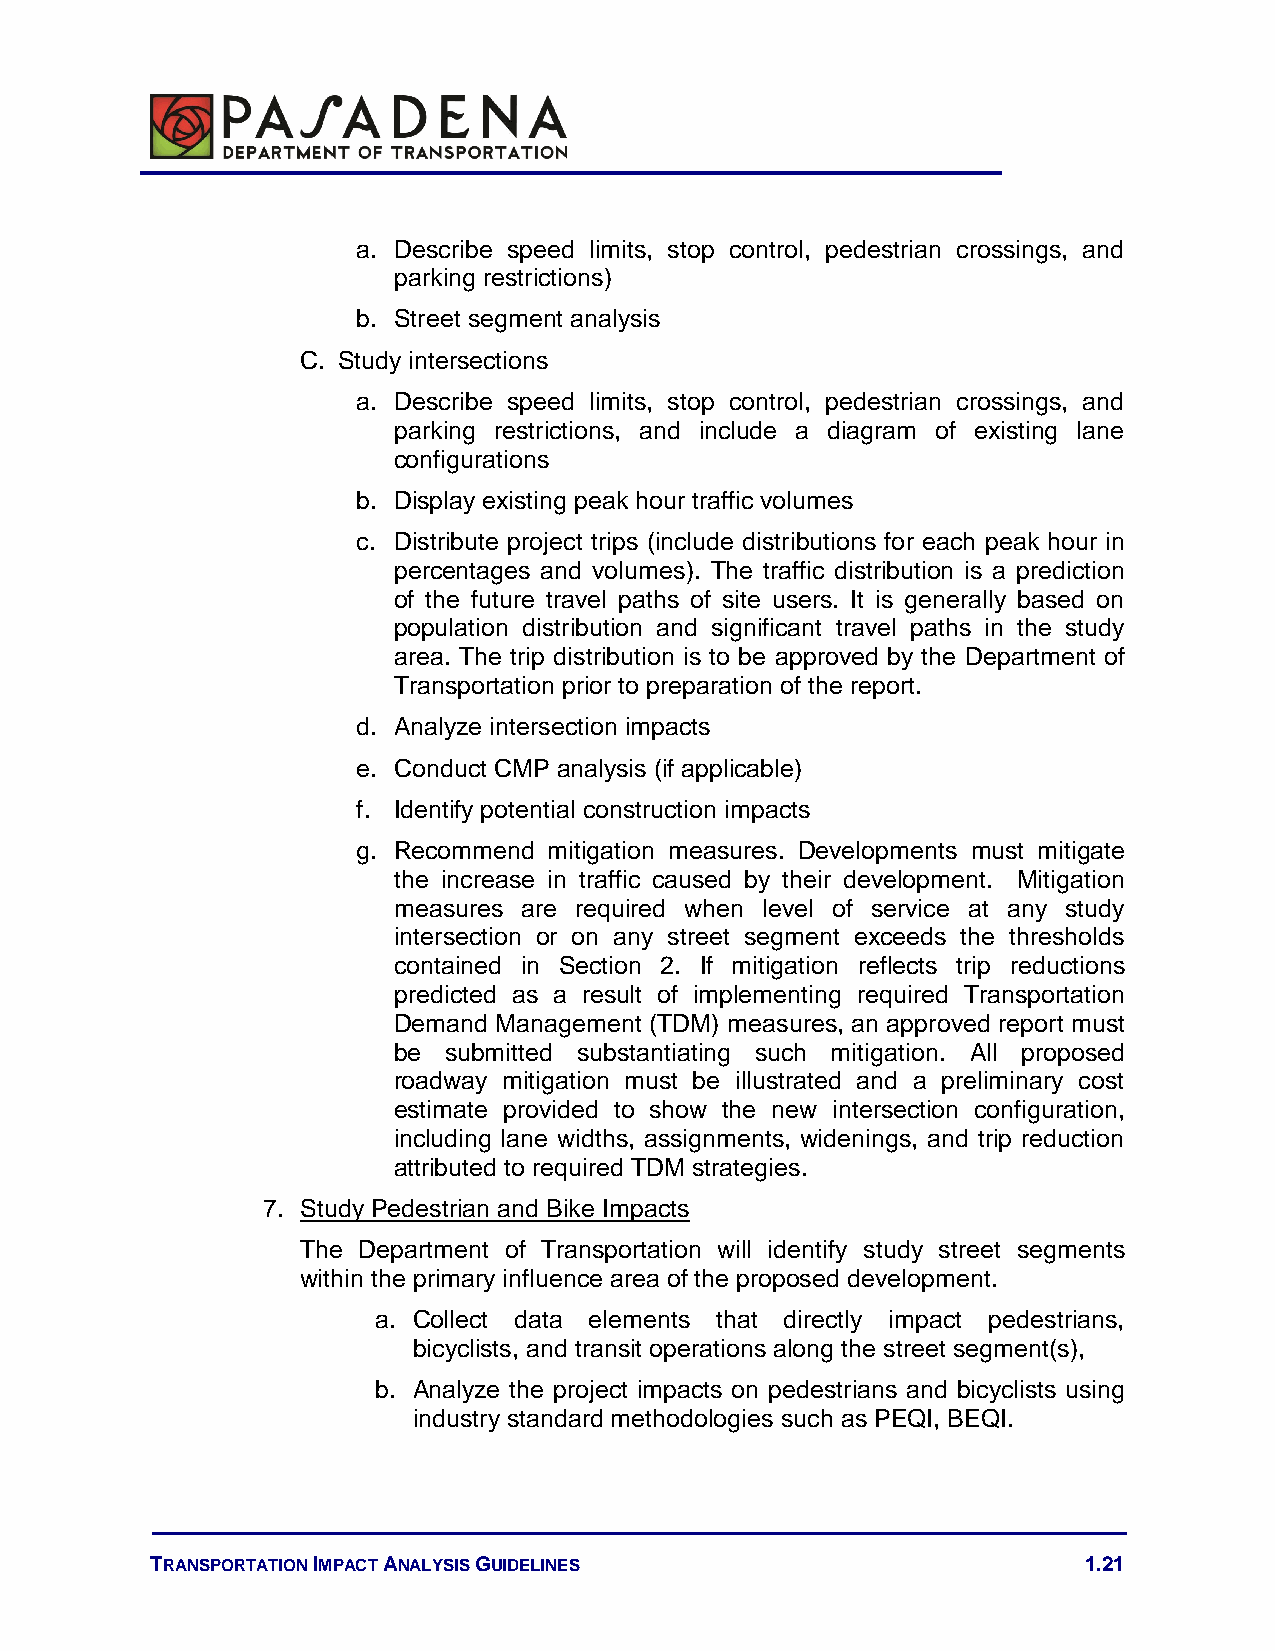
a. Describe speed limits, stop control, pedestrian crossings, and
 parking restrictions)
 b. Street segment analysis
 C. Study intersections
 a. Describe speed limits, stop control, pedestrian crossings, and
 parking restrictions, and include a diagram of existing lane
 configurations
 b. Display existing peak hour traffic volumes
 c. Distribute project trips (include distributions for each peak hour in
 percentages and volumes). The traffic distribution is a prediction
 of the future travel paths of site users. It is generally based on
 population distribution and significant travel paths in the study
 area. The trip distribution is to be approved by the Department of
 Transportation prior to preparation of the report.
 d. Analyze intersection impacts
 e. Conduct CMP analysis (if applicable)
 f. Identify potential construction impacts
 g. Recommend mitigation measures. Developments must mitigate
 the increase in traffic caused by their development. Mitigation
 measures are required when level of service at any study
 intersection or on any street segment exceeds the thresholds
 contained in Section 2. If mitigation reflects trip reductions
 predicted as a result of implementing required Transportation
 Demand Management (TDM) measures, an approved report must
 be submitted substantiating such mitigation. All proposed
 roadway mitigation must be illustrated and a preliminary cost
 estimate provided to show the new intersection configuration,
 including lane widths, assignments, widenings, and trip reduction
 attributed to required TDM strategies.
 7. Study Pedestrian and Bike Impacts
 The Department of Transportation will identify study street segments
 within the primary influence area of the proposed development.
 a. Collect data elements that directly impact pedestrians,
 bicyclists, and transit operations along the street segment(s),
 b. Analyze the project impacts on pedestrians and bicyclists using
 industry standard methodologies such as PEQI, BEQI.
 TRANSPORTATION IMPACT ANALYSIS GUIDELINES                     1.21